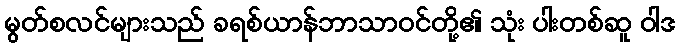
မွတ်စလင်များသည် ခရစ်ယာန်ဘာသာဝင်တို့၏ သုံး ပါးတစ်ဆူ ဝါဒ